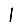
Digit: 1